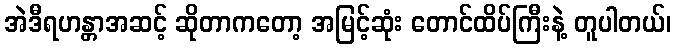
အဲဒီရဟန္တာအဆင့် ဆိုတာကတော့ အမြင့်ဆုံး တောင်ထိပ်ကြီးနဲ့ တူပါတယ်၊